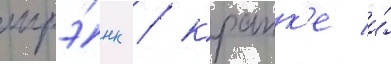
шрэ́нк / крапк'е и́